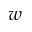
w